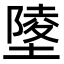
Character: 𡏹